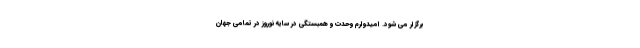
برگزار می شود. امیدوارم وحدت و همبستگی در سایه نوروز در تمامی جهان